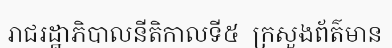
រាជរដ្ឋាភិបាលនីតិកាលទី៥  ក្រសួងព័ត៌មាន